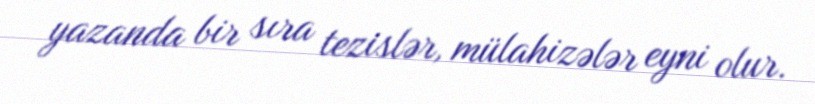
yazanda bir sıra tezislər, mülahizələr eyni olur.